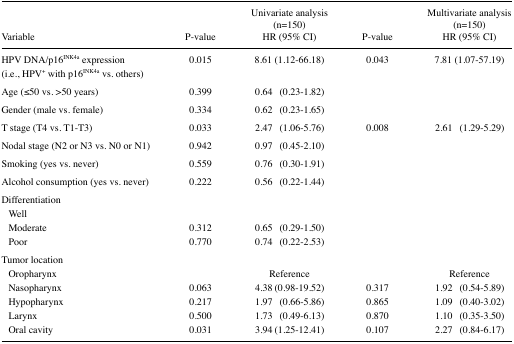
<table><thead><tr><td><b>Variable</b></td><td><b>P-value</b></td><td><b>Univariate analysis (n=150)HR (95% CI)</b></td><td><b>P-value</b></td><td><b>Multivariate analysis (n=150)HR (95% CI)</b></td></tr></thead><tbody><tr><td>HPV DNA/p16<sup>INK4a</sup> expression (i.e., HPV<sup>+</sup> with p16<sup>INK4a</sup> vs. others)</td><td>0.015</td><td>8.61 (1.12–66.18)</td><td>0.043</td><td>7.81 (1.07–57.19)</td></tr><tr><td>Age (≤50 vs. &gt;50 years)</td><td>0.399</td><td>0.64 (0.23–1.82)</td><td></td><td></td></tr><tr><td>Gender (male vs. female)</td><td>0.334</td><td>0.62 (0.23–1.65)</td><td></td><td></td></tr><tr><td>T stage (T4 vs. T1–T3)</td><td>0.033</td><td>2.47 (1.06–5.76)</td><td>0.008</td><td>2.61 (1.29–5.29)</td></tr><tr><td>Nodal stage (N2 or N3 vs. N0 or N1)</td><td>0.942</td><td>0.97 (0.45–2.10)</td><td></td><td></td></tr><tr><td>Smoking (yes vs. never)</td><td>0.559</td><td>0.76 (0.30–1.91)</td><td></td><td></td></tr><tr><td>Alcohol consumption (yes vs. never)</td><td>0.222</td><td>0.56 (0.22–1.44)</td><td></td><td></td></tr><tr><td>Differentiation</td><td></td><td></td><td></td><td></td></tr><tr><td>Well</td><td></td><td></td><td></td><td></td></tr><tr><td>Moderate</td><td>0.312</td><td>0.65 (0.29–1.50)</td><td></td><td></td></tr><tr><td>Poor</td><td>0.770</td><td>0.74 (0.22–2.53)</td><td></td><td></td></tr><tr><td>Tumor location</td><td></td><td></td><td></td><td></td></tr><tr><td>Oropharynx</td><td></td><td>Reference</td><td></td><td>Reference</td></tr><tr><td>Nasopharynx</td><td>0.063</td><td>4.38 (0.98–19.52)</td><td>0.317</td><td>1.92 (0.54–5.89)</td></tr><tr><td>Hypopharynx</td><td>0.217</td><td>1.97 (0.66–5.86)</td><td>0.865</td><td>1.09 (0.40–3.02)</td></tr><tr><td>Larynx</td><td>0.500</td><td>1.73 (0.49–6.13)</td><td>0.870</td><td>1.10 (0.35–3.50)</td></tr><tr><td>Oral cavity</td><td>0.031</td><td>3.94 (1.25–12.41)</td><td>0.107</td><td>2.27 (0.84–6.17)</td></tr></tbody></table>